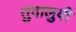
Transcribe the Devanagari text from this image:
तुवालुवी